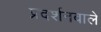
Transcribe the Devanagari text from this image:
प्रदर्शनवाले